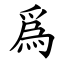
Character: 爲